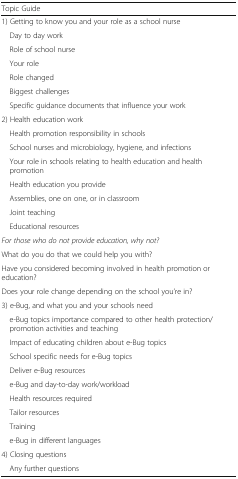
| Topic Guide |  |
 | --- | --- |
 | 1) Getting to know you and your role as a school nurse |  |
 | Day to day work |  |
 | Role of school nurse |  |
 | Your role |  |
 | Role changed |  |
 | Biggest challenges |  |
 | Specific guidance documents that influence your work |  |
 | 2) Health education work |  |
 | Health promotion responsibility in schools |  |
 | School nurses and microbiology, hygiene, and infections |  |
 | Your role in schools relating to health education and health promotion |  |
 | Health education you provide |  |
 | Assemblies, one on one, or in classroom |  |
 | Joint teaching |  |
 | Educational resources |  |
 | For those who do not provide education, why not? |  |
 | What do you do that we could help you with? |  |
 | Have you considered becoming involved in health promotion or education? |  |
 | Does your role change depending on the school you’re in? |  |
 | 3) e-Bug, and what you and your schools need |  |
 | e-Bug topics importance compared to other health protection/promotion activities and teaching |  |
 | Impact of educating children about e-Bug topics |  |
 | School specific needs for e-Bug topics |  |
 | Deliver e-Bug resources |  |
 | e-Bug and day-to-day work/workload |  |
 | Health resources required |  |
 | Tailor resources |  |
 | Training |  |
 | e-Bug in different languages |  |
 | 4) Closing questions |  |
 | Any further questions |  |